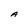
Character: A